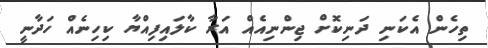
ތިހެން އެކަނި ދަނިކޮށް ޖިންނިއެއް އަރާ ކާލައިފިއްޔާ ކިހިނެއް ހަދާނީ